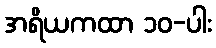
အရိယကထာ ၁၀-ပါး